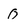
Character: 0